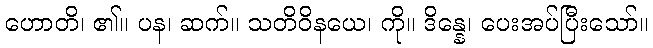
ဟောတိ၊ ၏။ ပန၊ ဆက်။ သတိဝိနယေ၊ ကို။ ဒိန္နေ၊ ပေးအပ်ပြီးသော်။